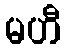
မဟီ